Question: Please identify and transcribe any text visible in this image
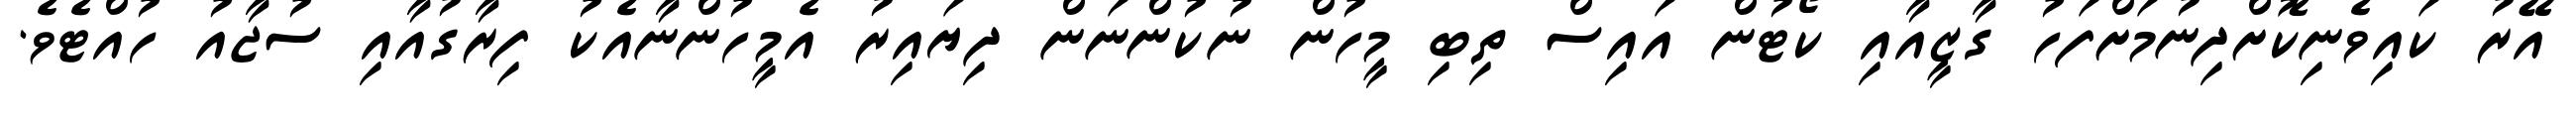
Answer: އޭރު ކައިވެނިކޮށްދިނުމަށްފަހު ގާޒީއާއި ކޯޓުން އައިސް ތިބި މީހުން ނުކުންނަން ދިޔައިރު އެމީހުންނާއެކު ފިރާގުއާއި ސުޖާއު ހުއްޓެވެ.